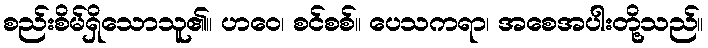
စည်းစိမ်ရှိသောသူ၏။ ဟဝေ၊ စင်စစ်။ ပေသကရာ၊ အစေအပါးတို့သည်။